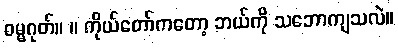
ဓမ္မဂုတ်။ ။ ကိုယ်တော်ကတော့ ဘယ်ကို သဘောကျသလဲ။